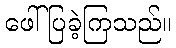
ဖေါ်ပြခဲ့ကြသည်။